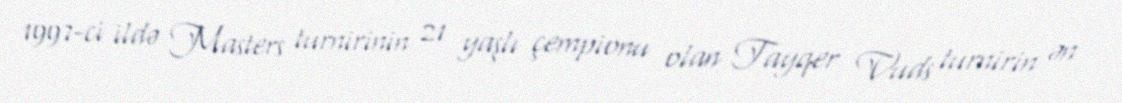
1997-ci ildə Masters turnirinin 21 yaşlı çempionu olan Tayqer Vuds turnirin ən